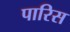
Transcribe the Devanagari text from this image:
पारिस